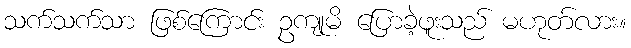
သက်သက်သာ ဖြစ်ကြောင်း ဥကျုမိ ပြောခဲ့ဖူးသည် မဟုတ်လား။